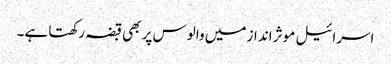
اسرائیل موثر انداز میں والوس پر بھی قبضہ رکھتا ہے۔